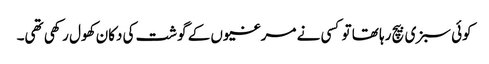
کوئی سبزی بیچ رہا تھا تو کسی نے مرغیوں کے گوشت کی دکان کھول رکھی تھی۔